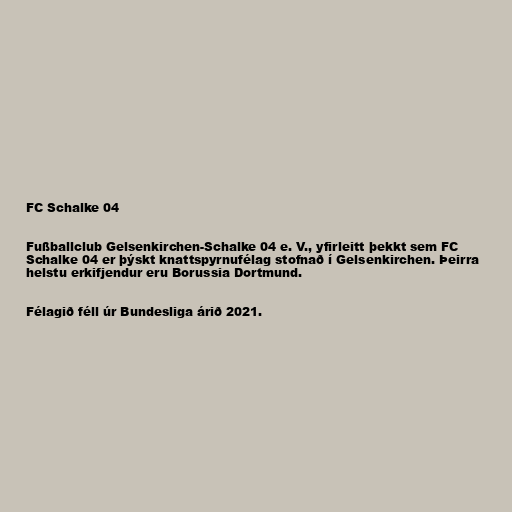
FC Schalke 04

Fußballclub Gelsenkirchen-Schalke 04 e. V., yfirleitt þekkt sem FC
Schalke 04 er þýskt knattspyrnufélag stofnað í Gelsenkirchen. Þeirra
helstu erkifjendur eru Borussia Dortmund.

Félagið féll úr Bundesliga árið 2021.